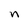
Character: n